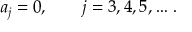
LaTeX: a _ { j } = 0 , \qquad j = 3 , 4 , 5 , \dots \, { . }